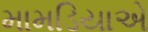
મામડિયાએ